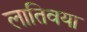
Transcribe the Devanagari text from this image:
लातिवया